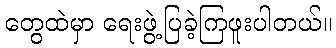
တွေထဲမှာ ရေးဖွဲ့ပြခဲ့ကြဖူးပါတယ်။